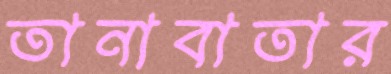
তানাবাতার